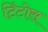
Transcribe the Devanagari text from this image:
टिंटोस